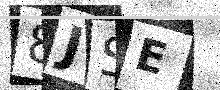
Text: 8JSE